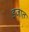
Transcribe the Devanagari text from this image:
इजात